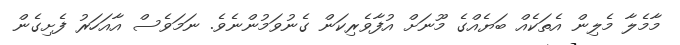
މާމެލާ މެލިން އެތަކެއް ބަޔެއްގެ މޫނަށް އުފާވެރިކަން ގެނުވަމުންނެވެ. ނަމަވެސް އާއަހަރު ފެށިގެން